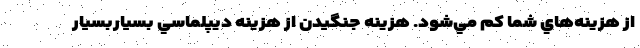
از هزينه‌هاي شما كم مي‌شود. هزينه جنگيدن از هزينه ديپلماسي بسياربسيار